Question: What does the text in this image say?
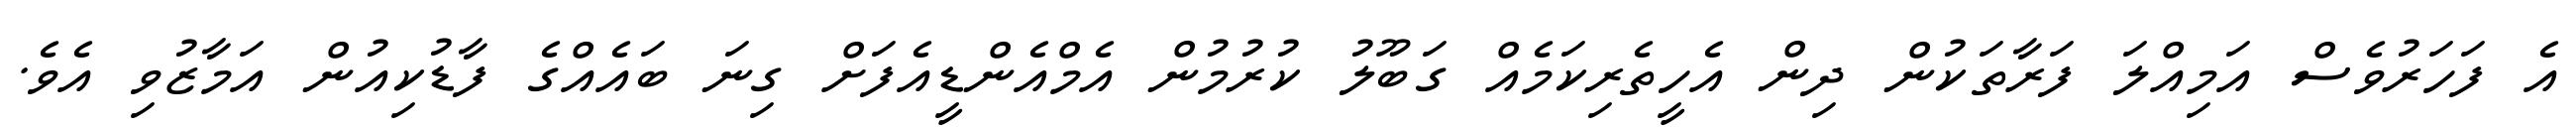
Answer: އެ ފަހަރުވެސް އަމިއްލަ ފަރާތަކުން ދިން އެހީތެރިކަމެއް ގަބޫލު ކުރުމުން އެމްއެންޑީއެފަށް ގިނަ ބައެއްގެ ފާޑުކިއުން އަމާޒުވި އެވެ.